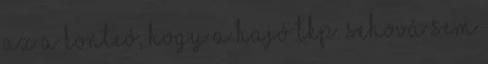
az a konteó, hogy a hajó tkp. sehová sem